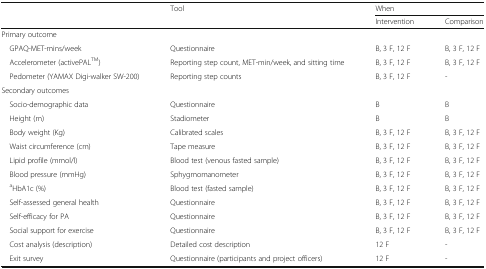
<table><thead><tr><td rowspan="2"></td><td rowspan="2"><b>Tool</b></td><td colspan="2"><b>When</b></td></tr><tr><td><b>Intervention</b></td><td><b>Comparison</b></td></tr></thead><tbody><tr><td colspan="4">Primary outcome</td></tr><tr><td> GPAQ-MET-mins/week</td><td>Questionnaire</td><td>B, 3 F, 12 F</td><td>B, 3 F, 12 F</td></tr><tr><td> Accelerometer (activePAL<sup>TM</sup>)</td><td>Reporting step count, MET-min/week, and sitting time</td><td>B, 3 F, 12 F</td><td>B, 3 F, 12 F</td></tr><tr><td> Pedometer (YAMAX Digi-walker SW-200)</td><td>Reporting step counts</td><td>B, 3 F, 12 F</td><td>-</td></tr><tr><td colspan="4">Secondary outcomes</td></tr><tr><td> Socio-demographic data</td><td>Questionnaire</td><td>B</td><td>B</td></tr><tr><td> Height (m)</td><td>Stadiometer</td><td>B</td><td>B</td></tr><tr><td> Body weight (Kg)</td><td>Calibrated scales</td><td>B, 3 F, 12 F</td><td>B, 3 F, 12 F</td></tr><tr><td> Waist circumference (cm)</td><td>Tape measure</td><td>B, 3 F, 12 F</td><td>B, 3 F, 12 F</td></tr><tr><td> Lipid profile (mmol/l)</td><td>Blood test (venous fasted sample)</td><td>B, 3 F, 12 F</td><td>B, 3 F, 12 F</td></tr><tr><td> Blood pressure (mmHg)</td><td>Sphygmomanometer</td><td>B, 3 F, 12 F</td><td>B, 3 F, 12 F</td></tr><tr><td> <sup>a</sup>HbA1c (%)</td><td>Blood test (fasted sample)</td><td>B, 3 F, 12 F</td><td>B, 3 F, 12 F</td></tr><tr><td> Self-assessed general health</td><td>Questionnaire</td><td>B, 3 F, 12 F</td><td>B, 3 F, 12 F</td></tr><tr><td> Self-efficacy for PA</td><td>Questionnaire</td><td>B, 3 F, 12 F</td><td>B, 3 F, 12 F</td></tr><tr><td> Social support for exercise</td><td>Questionnaire</td><td>B, 3 F, 12 F</td><td>B, 3 F, 12 F</td></tr><tr><td> Cost analysis (description)</td><td>Detailed cost description</td><td>12 F</td><td>-</td></tr><tr><td> Exit survey</td><td>Questionnaire (participants and project officers)</td><td>12 F</td><td>-</td></tr></tbody></table>